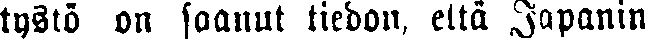
tystö on saanut tiedon, että Japanin